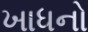
ખાધનો